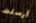
أرسلت